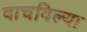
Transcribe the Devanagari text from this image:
वाचविल्या